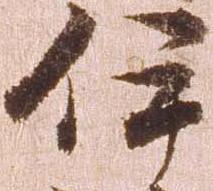
伊